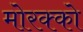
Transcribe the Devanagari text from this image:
मोरक्‍को